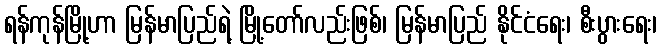
ရန်ကုန်မြို့ဟာ မြန်မာပြည်ရဲ့ မြို့တော်လည်းဖြစ်၊ မြန်မာပြည် နိုင်ငံရေး၊ စီးပွားရေး၊